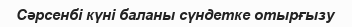
Сәрсенбі күні баланы сүндетке отырғызу